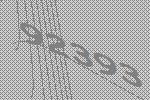
92393